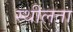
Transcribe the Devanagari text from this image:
स्थीलता